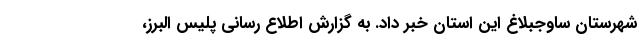
شهرستان ساوجبلاغ این استان خبر داد. به گزارش اطلاع رسانی پلیس البرز،